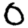
Digit: 0